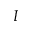
I